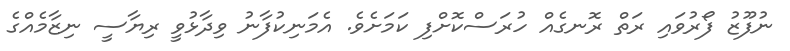
ނުފޫޒު ފޯރުވައި ރަތް ރޮނގެއް ހުރަސްކޮށްފި ކަމަށެވެ. އެމަނިކުފާނު ވިދާޅުވީ ރިޔާސީ ނިޒާމެއްގެ